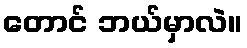
တောင် ဘယ်မှာလဲ။